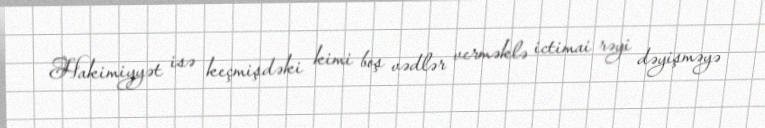
Hakimiyyət isə keçmişdəki kimi boş vədlər verməklə ictimai rəyi dəyişməyə